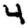
Digit: 4